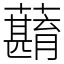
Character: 蘛